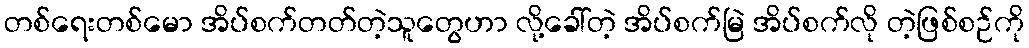
တစ်ရေးတစ်မော အိပ်စက်တတ်တဲ့သူတွေဟာ လို့ခေါ်တဲ့ အိပ်စက်မြဲ အိပ်စက်လို တဲ့ဖြစ်စဉ်ကို